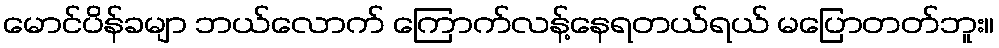
မောင်ပိန်ခမျာ ဘယ်လောက် ကြောက်လန့်နေရတယ်ရယ် မပြောတတ်ဘူး။